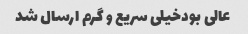
عالی بودخیلی سریع و گرم ارسال شد